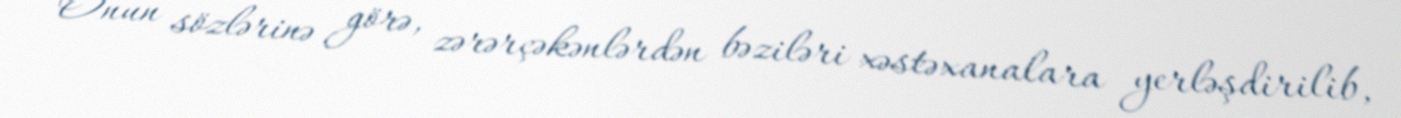
Onun sözlərinə görə, zərərçəkənlərdən bəziləri xəstəxanalara yerləşdirilib,